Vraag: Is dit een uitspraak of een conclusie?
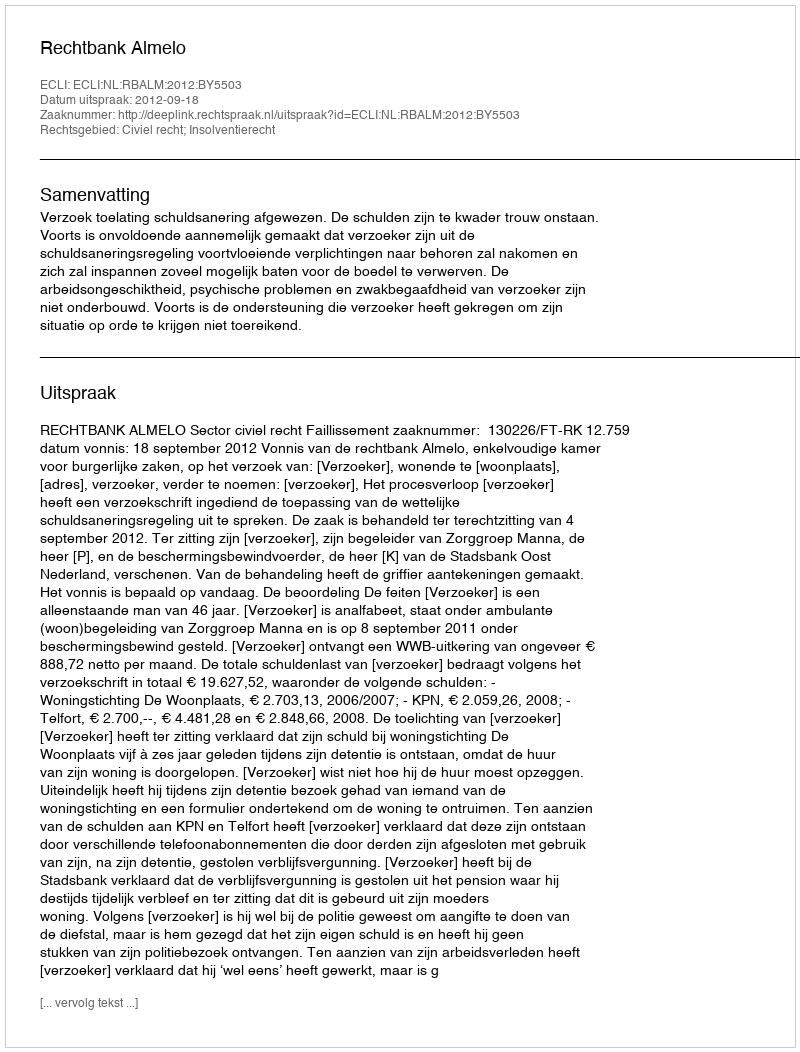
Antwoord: Uitspraak